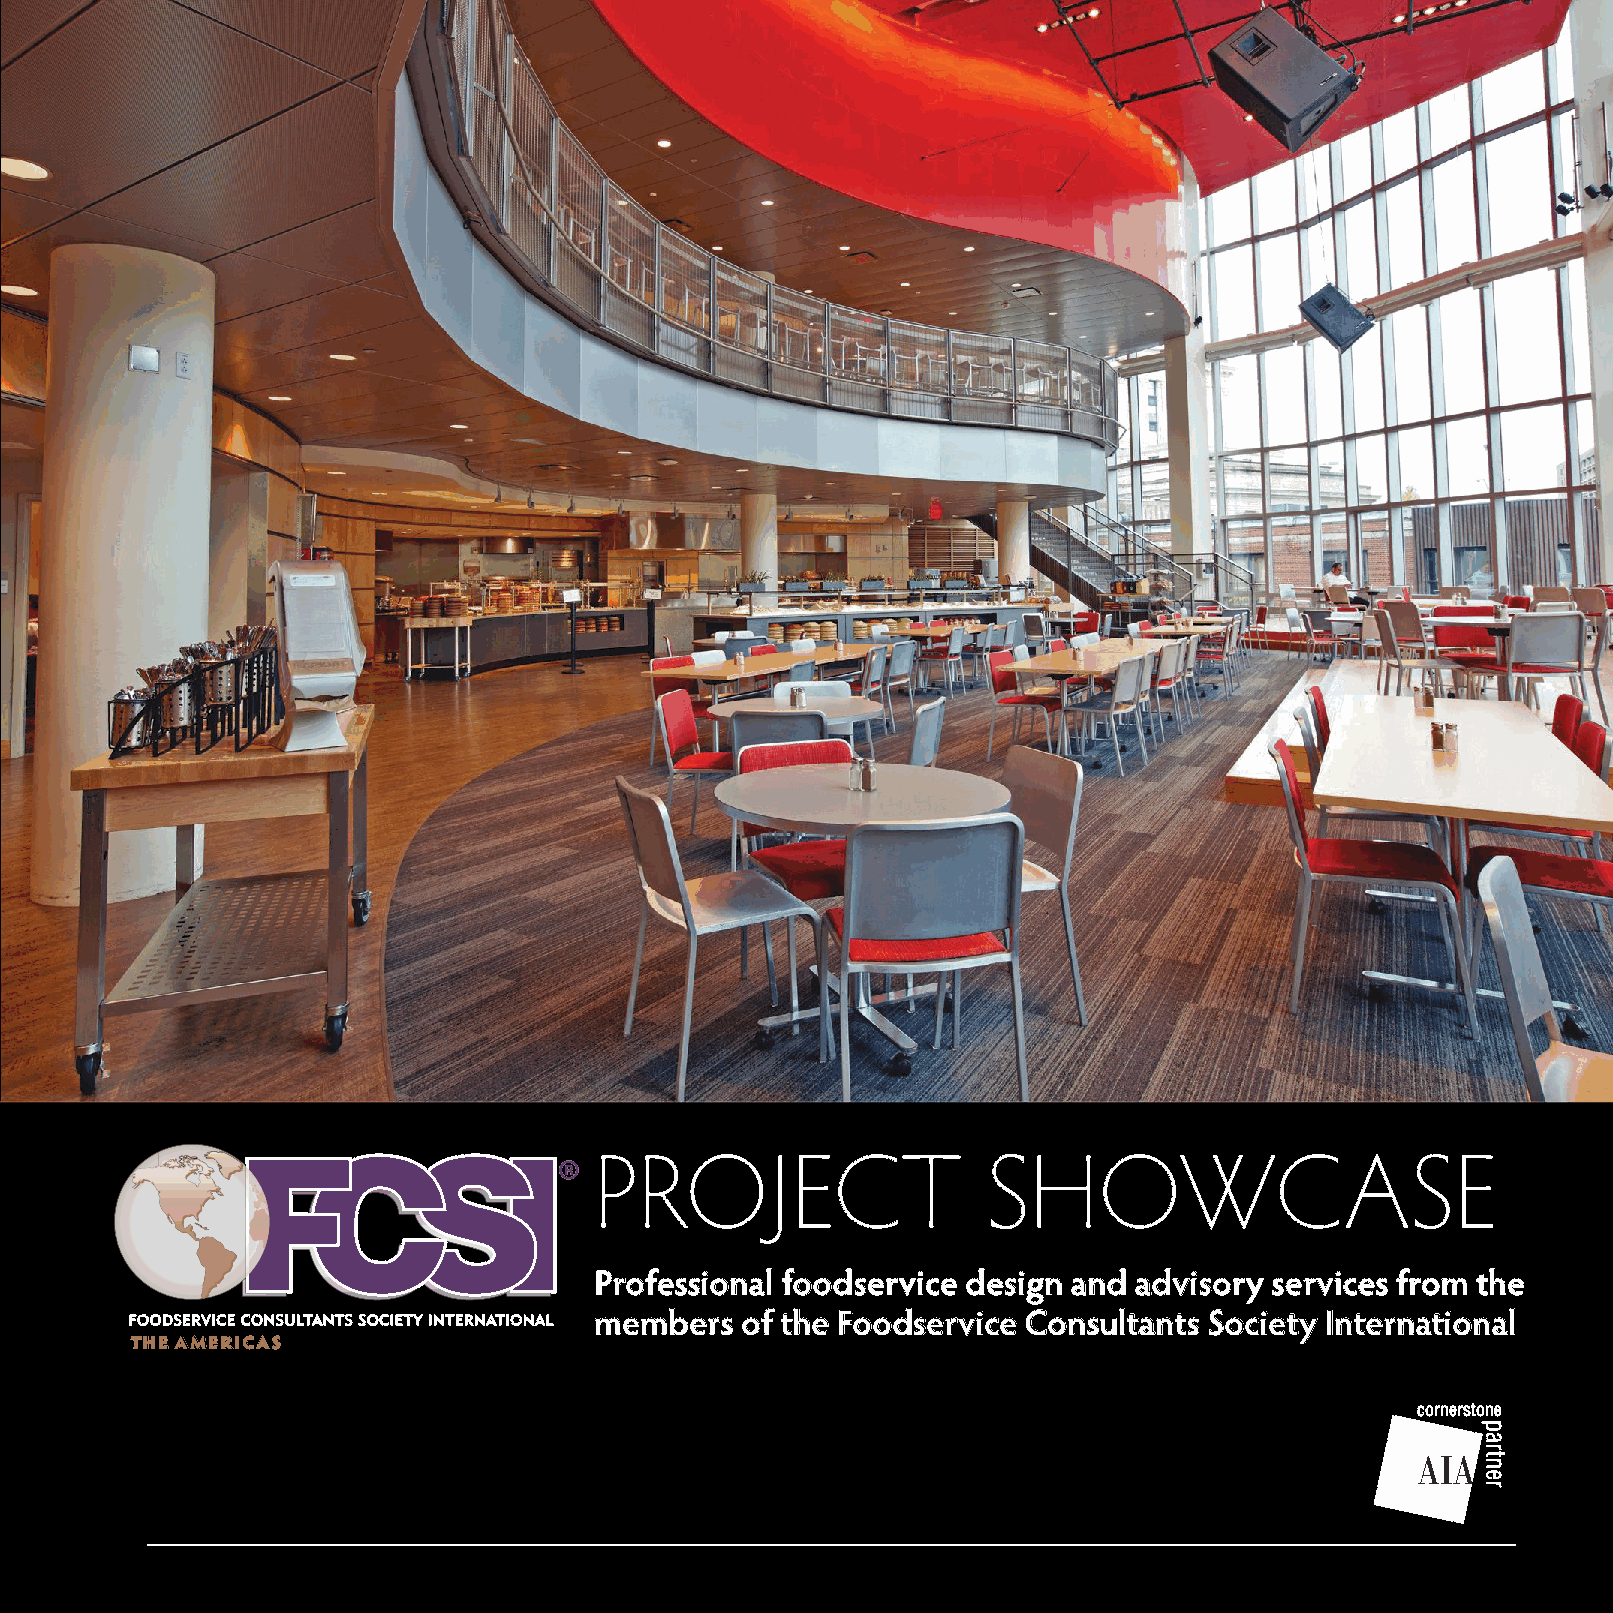
PROJECT                   SHOWCASE
 Professional foodservice design and advisory services from the
 members   of the Foodservice Consultants Society International
 THE AMERICAS